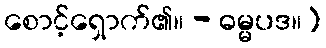
စောင့်ရှောက်၏။ - ဓမ္မပဒ။]